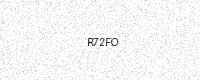
Text: R72FO